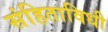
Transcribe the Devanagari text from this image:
संहिताविधी